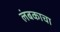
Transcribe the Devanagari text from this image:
लंबकाचा